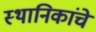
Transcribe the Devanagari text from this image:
स्थानिकांचे